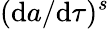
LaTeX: (\mathrm{d}a/\mathrm{d}\tau)^{s}